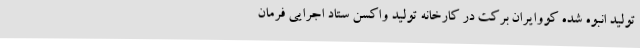
تولید انبوه شده کووایران برکت در کارخانه تولید واکسن ستاد اجرایی فرمان